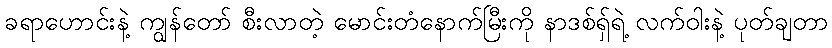
ခရာဟောင်းနဲ့ ကျွန်တော် စီးလာတဲ့ မောင်းတံနောက်မြီးကို နာဒစ်ရှ်ရဲ့ လက်ဝါးနဲ့ ပုတ်ချတာ